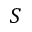
S